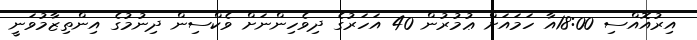
އިރުއޮއްސި 18:00އާ ހަމައަށް ޢުމުރުން 40 އަހަރުގެ ދިވެހިންނަށް ވެކްސިން ދިނުމުގެ އިންތިޒާމުވަނީ